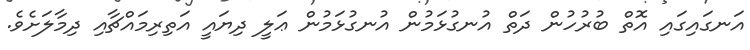
އަނގައިގައި އޮތް ބުރުހުން ދަތް އުނގުޅަމުން އުނގުޅަމުން ޢަލީ ދިޔައީ އަތިރިމައްޗާއި ދިމާލަށެވެ.